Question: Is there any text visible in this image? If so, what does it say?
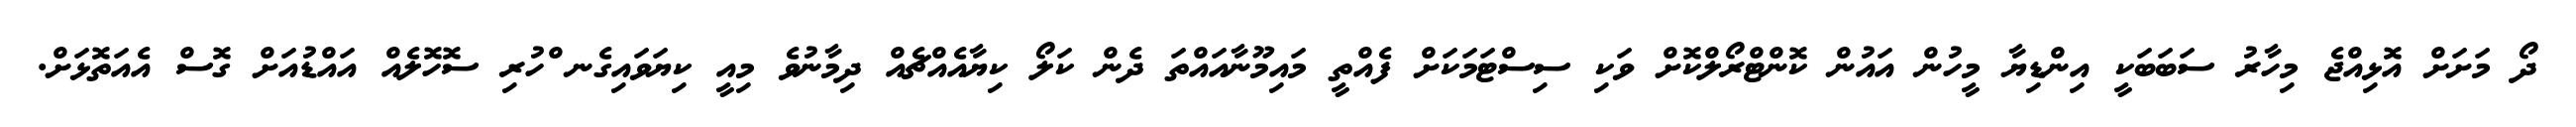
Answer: ދޯ މަށަށް އޮޅިއްޖެ މިހާރު ސަބަބަކީ އިންޑިޔާ މީހުން އައުން ކޮންޓްރޯލްކޮށް ވަކި ސިސްޓަމަކަށް ފެއްތީ މައިމޫނާއައްތަ ދެން ކަލޯ ކިޔާއެއްޗެއް ދިމާނުވެ މިއީ ކިޔަވައިގެނ ްހުރި ސޮހޮލެއް އައްޑުއަށް ގޮސް އެއަތޮޅަށް.